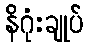
နိဂုံးချုပ်